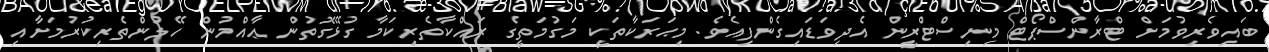
ބައިވެރިވުމަށް ޓްރާންސްޕޯޓް މިނިސްޓްރީން އެދިވަޑައިގެންފިއެވެ. މިޙަރަކާތަކީ މަގުމަތީގެ ރައްކާތެރިކަމާ ގުޅޭގޮތުން ޢާއްމުން ހޭލުންތެރިކުރުމަށާއި